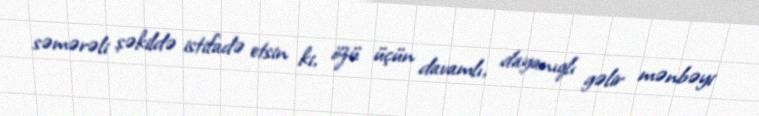
səmərəli şəkildə istifadə etsin ki, özü üçün davamlı, dayanıqlı gəlir mənbəyi